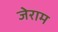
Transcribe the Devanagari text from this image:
जेराम